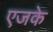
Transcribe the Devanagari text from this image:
एजके